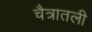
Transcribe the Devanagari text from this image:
चैत्रातली